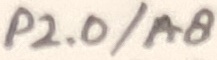
Text: P2.0/A8